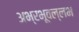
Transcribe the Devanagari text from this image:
अभ्रभूवल्लभ